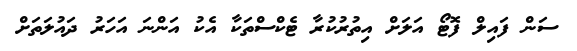
ސަން ފައިލް ފޮޓޯ އަލަށް އިތުރުކުރާ ޓެކްސްތަކާ އެކު އަންނަ އަހަރު ދައުލަތަށް